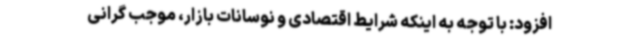
افزود: با توجه به اینکه شرایط اقتصادی و نوسانات بازار، موجب گرانی